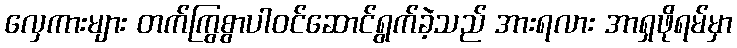
လှေကားများ တက်ကြွစွာပါဝင်ဆောင်ရွက်ခဲ့သည် အားရလား အာရှဖိုရမ်မှာ